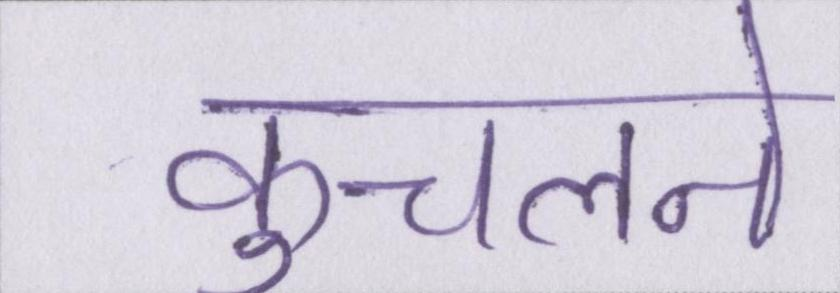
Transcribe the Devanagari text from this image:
कुचलने